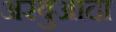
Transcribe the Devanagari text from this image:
अरबुआदा